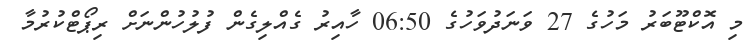
މި އޮކްޓޫބަރު މަހުގެ 27 ވަނަދުވަހުގެ 06:50 ހާއިރު ގެއްލިގެން ފުލުހުންނަށް ރިޕޯޓްކުރުމާ